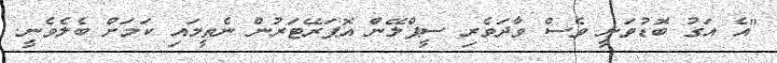
"އެ އަގު ބޮޑުވަނީ ވެސް ވާދަވެރި ސީޕްލޭން އޮޕަރޭޓަރުން ނެތީމައި ކަމަށް ބެލެވެނީ.